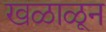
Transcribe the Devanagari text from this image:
खळाळून